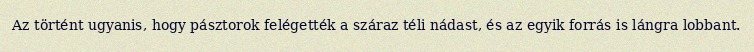
Az történt ugyanis, hogy pásztorok felégették a száraz téli nádast, és az egyik forrás is lángra lobbant.